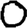
Digit: 0